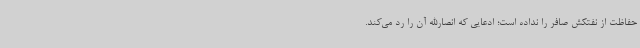
حفاظت از نفتکش صافر را نداده است؛ ادعایی که انصارالله آن را رد می‌کند.